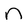
Character: n